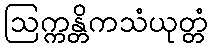
ဩက္ကန္တိကသံယုတ္တံ